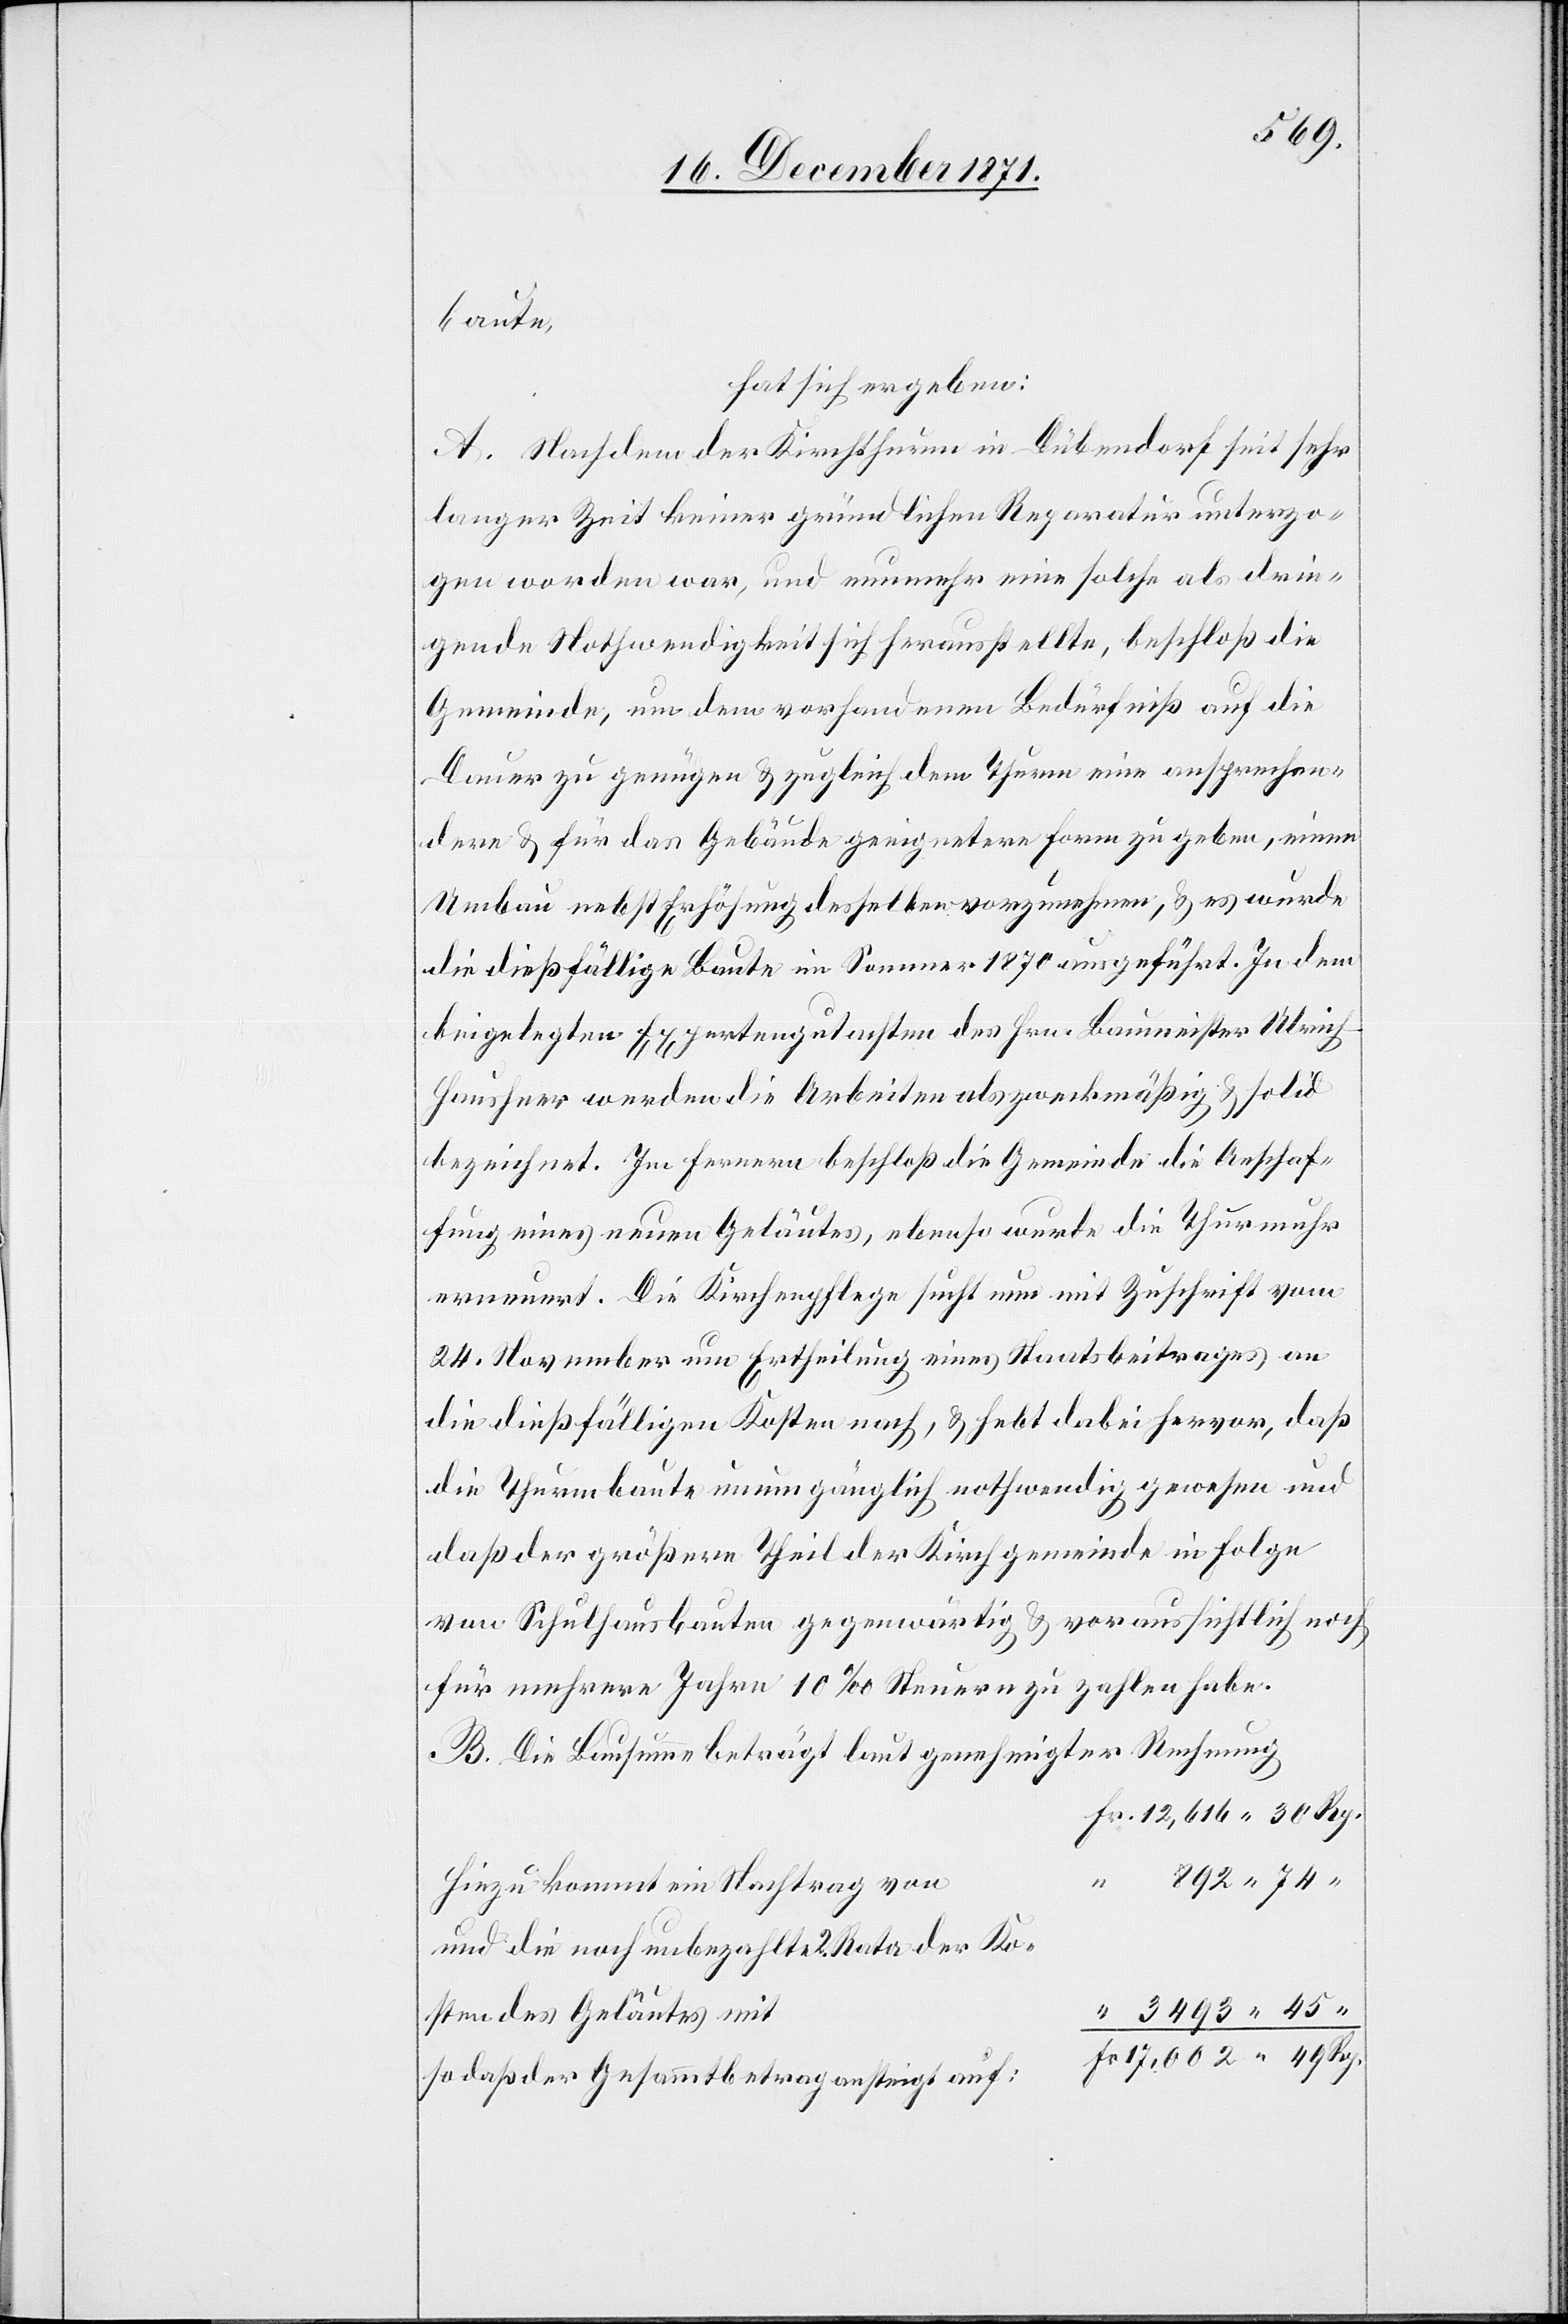
baute.
hat sich ergeben:
A. Nachdem der Kirchthurm in Dübendorf seit sehr
langer Zeit keiner gründlichen Reparatur unterzo¬
gen worden war, und nunmehr eine solche als drin¬
gende Nothwenigkeit sich herausstellte, beschloß die
Gemeinde, um dem vorhandenen Bedürfniß auf die
Dauer zu genügen & zugleich dem Thurm eine ansprechen¬
dere & für das Gebäude geeignetere Form zu geben, einen
Umbau nebst Erhöhung desselben vorzunehmen, & es wurde
die dießfällige Baute im Sommer 1870 ausgeführt. In dem
beigelegten Expertengutachten des Hrn. Baumeister Ulrich
Hausheer werden die Arbeiten als zweckmäßig & solid
bezeichnet. Im Fernern beschloß die Gemeinde die Anschaf¬
fung eines neuen Geläutes, ebenso wurde die Thurmuhr
erneuert. Die Kirchenpflege sucht nun mit Zuschrift vom
24. November um Ertheilung eines Staatsbeitrages an
die dießfälligen Kosten nach, & hebt dabei hervor, daß
die Thurmbaute gänzlich nothwendig gewesen und
daß der größere Theil der Kirchgemeinde in Folge
von Schulhausbauten gegenwärtig & voraussichtlich noch
für mehrere Jahre 10‰ Steuern zu zahlen habe.
B. Die Bausumme beträgt laut genehmigter Rechnung
Hinzu kommt ein Nachtrag von
und die noch unbezahlte 2. Rate der Ko¬
sten des Geläutes mit
so daß der Gesammtbetrag ansteigt auf: